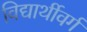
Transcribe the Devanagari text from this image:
विद्यार्थीवर्ग